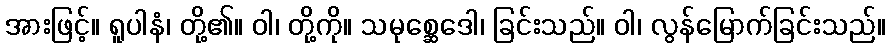
အားဖြင့်။ ရူပါနံ၊ တို့၏။ ဝါ၊ တို့ကို။ သမုစ္ဆေဒေါ၊ ခြင်းသည်။ ဝါ၊ လွန်မြောက်ခြင်းသည်။